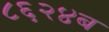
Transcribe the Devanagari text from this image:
८६२४ब